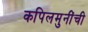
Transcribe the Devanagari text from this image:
कपिलमुनींची